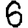
Digit: 6